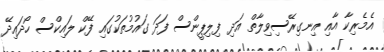
އެމެރިކާ އާއި އިނގިރޭސިވިލާތް އަދި ފިލިޕީންސް ފަދަ ގައުމުތަކުގައި ފޭކް ލައިކްސް ހޯދައިދޭ